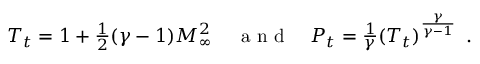
\begin{array} { r l r } { T _ { t } = 1 + \frac { 1 } { 2 } ( \gamma - 1 ) M _ { \infty } ^ { 2 } \, } & { { } \mathrm { ~ a ~ n ~ d ~ } } & { P _ { t } = \frac { 1 } { \gamma } ( T _ { t } ) ^ { \frac { \gamma } { \gamma - 1 } } \, \mathrm { ~ . ~ } } \end{array}